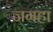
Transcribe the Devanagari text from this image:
जगहा